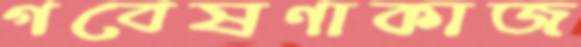
গবেষণাকাজ